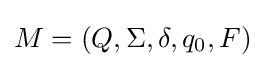
M=(Q,\Sigma ,\delta ,q_{0},F)